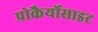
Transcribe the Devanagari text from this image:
प्रोकैर्योसाइट